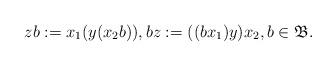
LaTeX: \begin{align*}z b := x_1(y(x_2b)), bz := ((b x_1)y)x_2, b\in \mathfrak B.\end{align*}